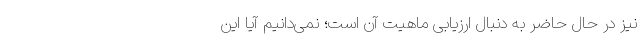
نیز در حال حاضر به دنبال ارزیابی ماهیت آن است؛ نمی‌دانیم آیا این